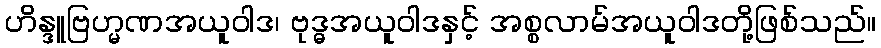
ဟိန္ဒူဗြဟ္မဏအယူဝါဒ၊ ဗုဒ္ဓအယူဝါဒနှင့် အစ္စလာမ်အယူဝါဒတို့ဖြစ်သည်။